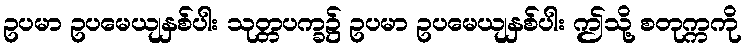
ဥပမာ ဥပမေယျနှစ်ပါး သုတ္တပက္ခ၌ ဥပမာ ဥပမေယျနှစ်ပါး ဤသို့ စတုက္ကကို